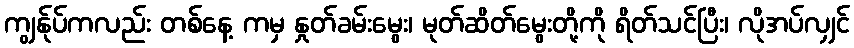
ကျွန်ုပ်ကလည်း တစ်နေ့ ကမှ နှုတ်ခမ်းမွေး၊ မုတ်ဆိတ်မွေးတို့ကို ရိတ်သင်ပြီး၊ လိုအပ်လျှင်